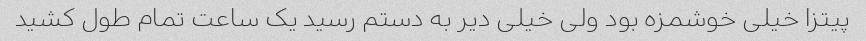
پیتزا خیلی خوشمزه بود ولی خیلی دیر به دستم رسید یک ساعت تمام طول کشید